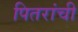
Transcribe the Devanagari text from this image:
पितरांची